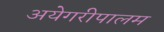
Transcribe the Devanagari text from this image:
अयेगरीपालम